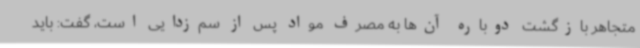
متجاهر بازگشت دوباره آن‌ها به مصرف مواد پس از سم‌زدایی است، گفت: باید